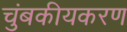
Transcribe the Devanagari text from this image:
चुंबकीयकरण